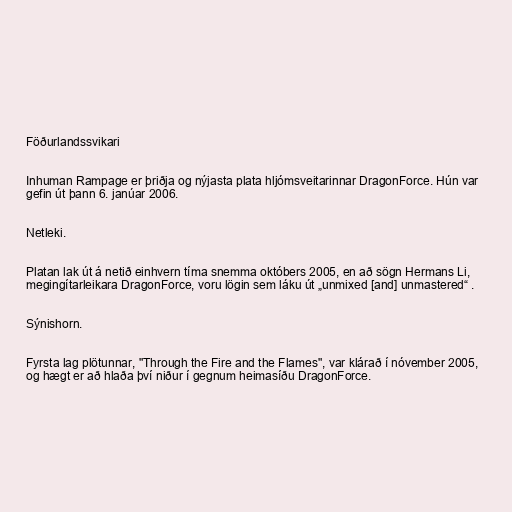
Föðurlandssvikari

Inhuman Rampage er þriðja og nýjasta plata hljómsveitarinnar DragonForce. Hún var
gefin út þann 6. janúar 2006.

Netleki.

Platan lak út á netið einhvern tíma snemma októbers 2005, en að sögn Hermans Li,
megingítarleikara DragonForce, voru lögin sem láku út „unmixed [and] unmastered“ .

Sýnishorn.

Fyrsta lag plötunnar, "Through the Fire and the Flames", var klárað í nóvember 2005,
og hægt er að hlaða því niður í gegnum heimasíðu DragonForce.